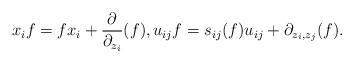
\begin{gather*}x_i f= f x_i + \frac{\partial}{\partial_{z_{i}}}(f), u_{ij} f = s_{ij}(f) u_{ij} + \partial_{z_{i},z_{j}}(f).\end{gather*}